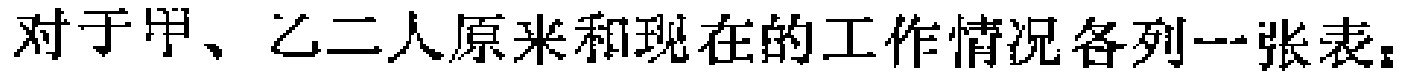
对于甲、乙二人原来和现在的工作情况各列一张表：